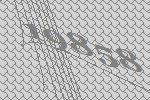
19858